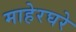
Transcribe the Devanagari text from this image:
माहेरघरे